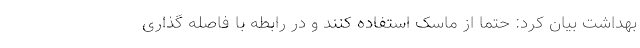
بهداشت بیان کرد: حتماً از ماسک استفاده کنند و در رابطه با فاصله گذاری